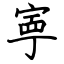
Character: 寕